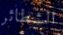
الشطائر